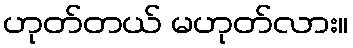
ဟုတ်တယ် မဟုတ်လား။